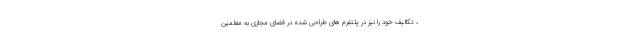
، تکالیف خود را نیز در پلتفرم های طراحی شده در فضای مجازی به معلمین